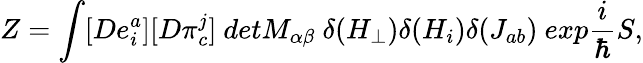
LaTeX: Z=\int[De_{i}^{a}][D\pi_{c}^{j}]\ detM_{\alpha\beta}\ \delta(H_{\perp})\delta(H_{i})\delta(J_{ab})\ exp\frac{i}{\hbar}S,